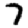
Digit: 7